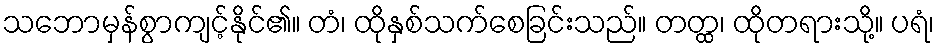
သဘောမှန်စွာကျင့်နိုင်၏။ တံ၊ ထိုနှစ်သက်စေခြင်းသည်။ တတ္ထ၊ ထိုတရားသို့။ ပရံ၊